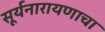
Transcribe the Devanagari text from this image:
सूर्यनारायणाचा